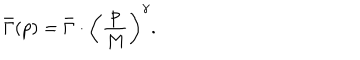
LaTeX: \bar { \Gamma } ( p ) = \bar { \Gamma } \cdot \biggl ( \frac { p } { M } \biggr ) ^ { \gamma } .